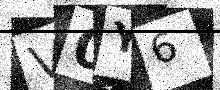
Text: V0Y6